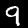
Label: 9